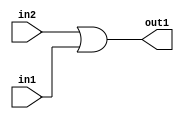
`timescale 1ps / 1ps
/*****************************************************************************
    Verilog RTL Description
    
    
    Created by: Stratus DpOpt 2019.1.01 
*******************************************************************************/

module fix2float_Or_1Ux1U_1U_4_0 (
	in2,
	in1,
	out1
	); /* architecture "behavioural" */ 
input  in2,
	in1;
output  out1;
wire  asc001;

assign asc001 = 
	(in2)
	|(in1);

assign out1 = asc001;
endmodule

/* CADENCE  urb5Qw8= : u9/ySgnWtBlWxVPRXgAZ4Og= ** DO NOT EDIT THIS LINE ******/